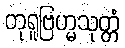
တုရူဗြဟ္မသုတ္တံ